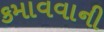
કમાવવાની